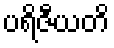
ပရိဇီယတိ